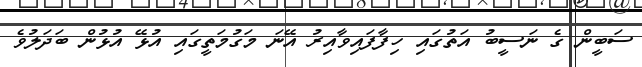
ސަބީން ގެ ނަސީބު އަތުގައި ހިފާފައިވާއިރު އޭނަ މަގުމަތީގައި އުޅޭ އުޅުން ބަދަލުވެ